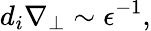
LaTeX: d_{i}\nabla_{\perp}\sim\epsilon^{-1},